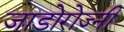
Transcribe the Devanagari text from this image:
जाडोरोज़्नी